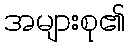
အများစု၏